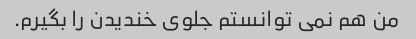
من هم نمی توانستم جلوی خندیدن را بگیرم.